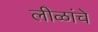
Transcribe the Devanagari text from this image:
लीळांचे